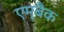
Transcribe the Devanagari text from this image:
एम्बैक